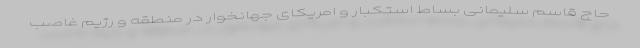
حاج قاسم سلیمانی بساط استکبار و امریکای جهانخوار در منطقه و رژیم غاصب